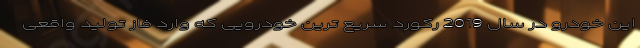
این خودرو در سال 2019 رکورد سریع ترین خودرویی که وارد فاز تولید واقعی